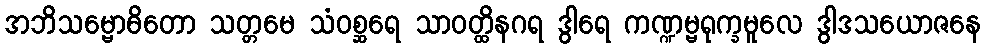
အဘိသမ္ဗောဓိတော သတ္တမေ သံဝစ္ဆရေ သာဝတ္ထိနဂရ ဒွါရေ ကဏ္ဍမ္ဗရုက္ခမူလေ ဒွါဒသယောဇနေ